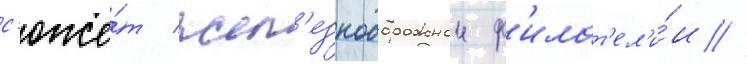
с'юже́т жел'езнодорожнои ф'илат'ел'и́и //